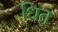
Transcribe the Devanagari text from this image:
धित